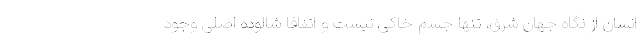
انسان از نگاه جهان شرق، تنها جسم خاکی نیست و اتفاقا شالوده اصلی وجودِ